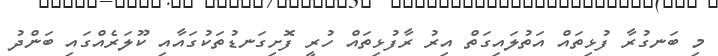
މި ބަނގުރާ ފުޅިތައް އަތުލައިގަތް އިރު ރާފުޅިތައް ހުރީ ފޮށިގަނޑުތަކުގައާއި ކޫލަރެއްގައި ބަންދު